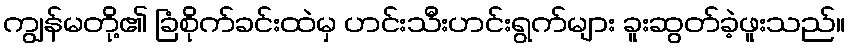
ကျွန်မတို့၏ ခြံစိုက်ခင်းထဲမှ ဟင်းသီးဟင်းရွက်များ ခူးဆွတ်ခဲ့ဖူးသည်။